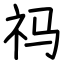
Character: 祃